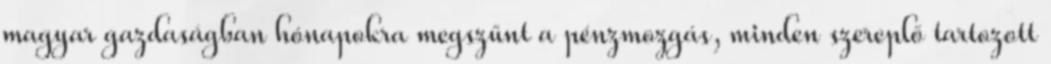
magyar gazdaságban hónapokra megszűnt a pénzmozgás, minden szereplő tartozott